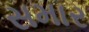
સમાર